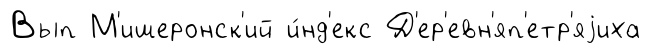
Вып М'ишеронск'ий и́нд'екс Д'ер'евн'яп'етр'яjиха